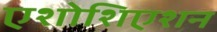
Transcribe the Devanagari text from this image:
एशोशिएशन